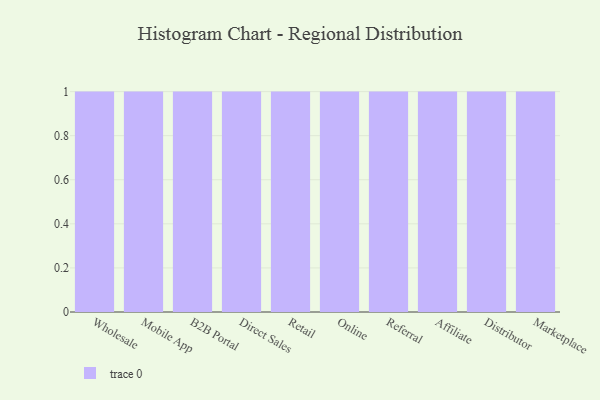
{"axis": {"x": "Channel", "y": "Market Share (%)"}, "legend": [""], "data": [{"x": "Wholesale", "y": 67, "type": ""}, {"x": "Mobile App", "y": 38, "type": ""}, {"x": "B2B Portal", "y": 26, "type": ""}, {"x": "Direct Sales", "y": 49, "type": ""}, {"x": "Retail", "y": 90, "type": ""}, {"x": "Online", "y": 56, "type": ""}, {"x": "Referral", "y": 3, "type": ""}, {"x": "Affiliate", "y": 62, "type": ""}, {"x": "Distributor", "y": 55, "type": ""}, {"x": "Marketplace", "y": 54, "type": ""}]}